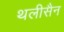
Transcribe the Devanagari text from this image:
थलीसैन